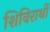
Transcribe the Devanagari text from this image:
शिविरार्थी